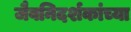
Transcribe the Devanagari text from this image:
जैवनिदर्शकांच्या